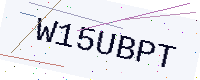
Text: W15UBPT